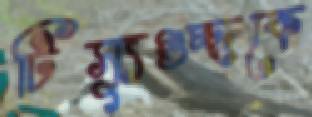
টিস্যুগুচ্ছকে